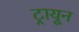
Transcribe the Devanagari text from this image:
ट्रायून